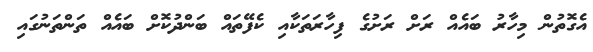
އެގޮތުން މިހާރު ބައެއް ރަށް ރަށުގެ ފިހާރަތަަކާއި ކެފޭތައް ބަންދުކޮށް ބައެއް ތަންތަނުގައި